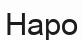
Наро